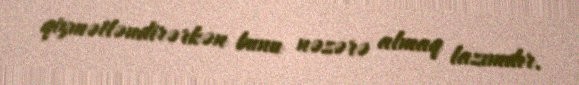
qiymətləndirərkən bunu nəzərə almaq lazımdır.